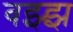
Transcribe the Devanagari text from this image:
बझ्झ